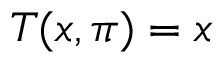
T ( x , \pi ) = x